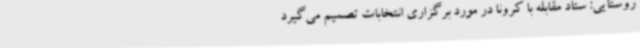
روستایی: ستاد مقابله با کرونا در مورد برگزاری انتخابات تصمیم می‌گیرد